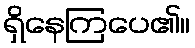
ရှိနေကြပေ၏။